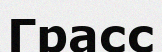
Грасс